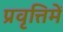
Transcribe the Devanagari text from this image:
प्रवृत्तिमें